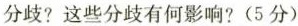
分歧?这些分歧有何影响?(5分)